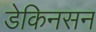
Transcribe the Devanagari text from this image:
डेकिनसन